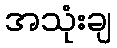
အသုံးချ